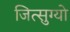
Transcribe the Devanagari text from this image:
जित्सुग्यो